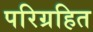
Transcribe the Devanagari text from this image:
परिग्रहित